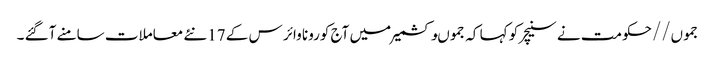
جموں//حکومت نے سنیچر کو کہا کہ جموںوکشمیر میں آج کورونا وائر س کے 17نئے معاملات سامنے آگئے ۔